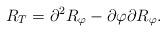
LaTeX: \begin{align*}R_T=\partial^2R_\varphi-\partial\varphi\partial R_\varphi.\end{align*}